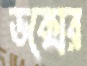
ডক্সের